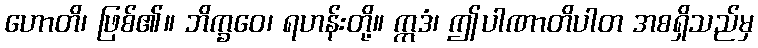
ဟောတိ၊ ဖြစ်၏။ ဘိက္ခဝေ၊ ရဟန်းတို့။ ဣဒံ၊ ဤပါဏာတိပါတ အစရှိသည်မှ